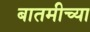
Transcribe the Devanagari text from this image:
बातमीच्या